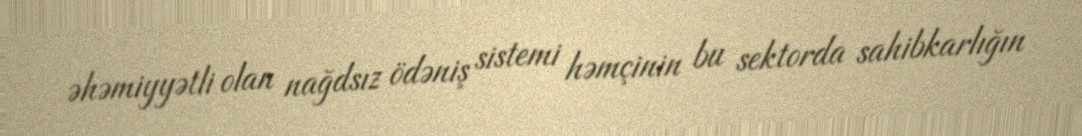
əhəmiyyətli olan nağdsız ödəniş sistemi həmçinin bu sektorda sahibkarlığın